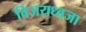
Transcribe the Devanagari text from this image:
विजयध्वजा